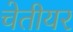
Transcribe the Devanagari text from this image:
चेतीयर